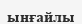
ынғайлы